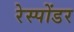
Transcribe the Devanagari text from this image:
रेस्पोंडर